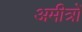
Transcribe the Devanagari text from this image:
अमीत्रों